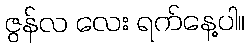
ဇွန်လ လေး ရက်နေ့ပါ။